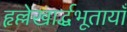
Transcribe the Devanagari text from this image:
हृल्लेखार्द्धभूतायाँ